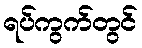
ရပ်ကွက်တွင်